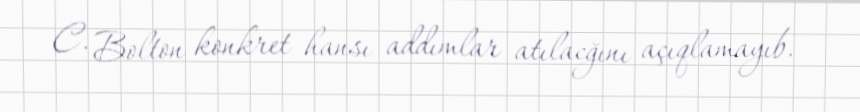
C. Bolton konkret hansı addımlar atılacğını açıqlamayıb.